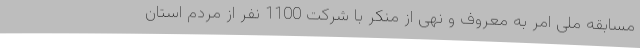
مسابقه ملی امر به معروف و نهی از منکر با شرکت 1100 نفر از مردم استان